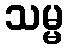
သမ္မ